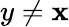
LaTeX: y\neq\mathbf{x}